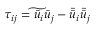
{ \tau _ { i j } } = \widetilde { { { \bar { u } } _ { i } } { { \bar { u } } _ { j } } } - { \tilde { \bar { u } } _ { i } } { \tilde { \bar { u } } _ { j } }